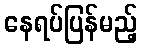
နေရပ်ပြန်မည့်